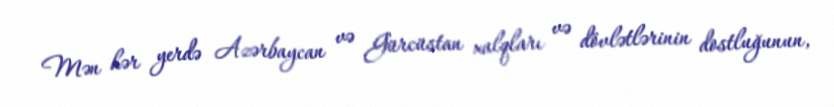
Mən hər yerdə Azərbaycan və Gürcüstan xalqları və dövlətlərinin dostluğunun,